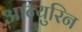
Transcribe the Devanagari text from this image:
आन्युरिन